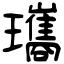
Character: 瓗